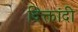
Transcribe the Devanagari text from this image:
दिक्तांदी